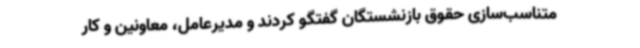
متناسب‌سازی حقوق بازنشستگان گفتگو کردند و مدیرعامل، معاونین و کار